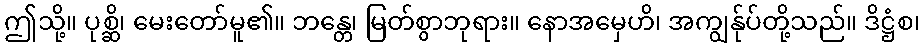
ဤသို့။ ပုစ္ဆိ၊ မေးတော်မူ၏။ ဘန္တေ၊ မြတ်စွာဘုရား။ နောအမှေဟိ၊ အကျွန်ုပ်တို့သည်။ ဒိဋ္ဌံစ၊